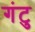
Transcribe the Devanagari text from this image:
गंटु